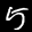
Label: 5